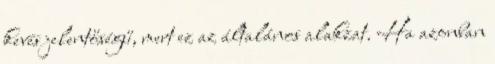
kevés jelentőségű, mert ez az általános alakzat. Ha azonban